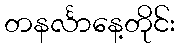
တနင်္လာနေ့တိုင်း